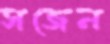
সজেন